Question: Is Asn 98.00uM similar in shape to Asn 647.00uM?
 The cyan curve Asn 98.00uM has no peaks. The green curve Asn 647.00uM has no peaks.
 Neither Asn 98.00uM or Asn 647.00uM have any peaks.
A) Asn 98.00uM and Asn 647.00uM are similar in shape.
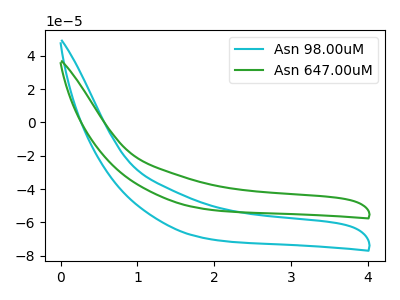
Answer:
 <answer>A) "Asn 98.00uM" and "Asn 647.00uM" are similar in shape.</answer>
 <eval>A</eval>